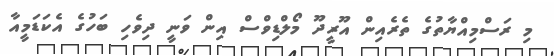
މި ރަސްމިއްޔާތުގެ ތެރެއިން އޫރީދޫ މޯލްޑިވްސް އިން ވަނީ ދިވެހި ބަހުގެ އެކަޑަމީއާ